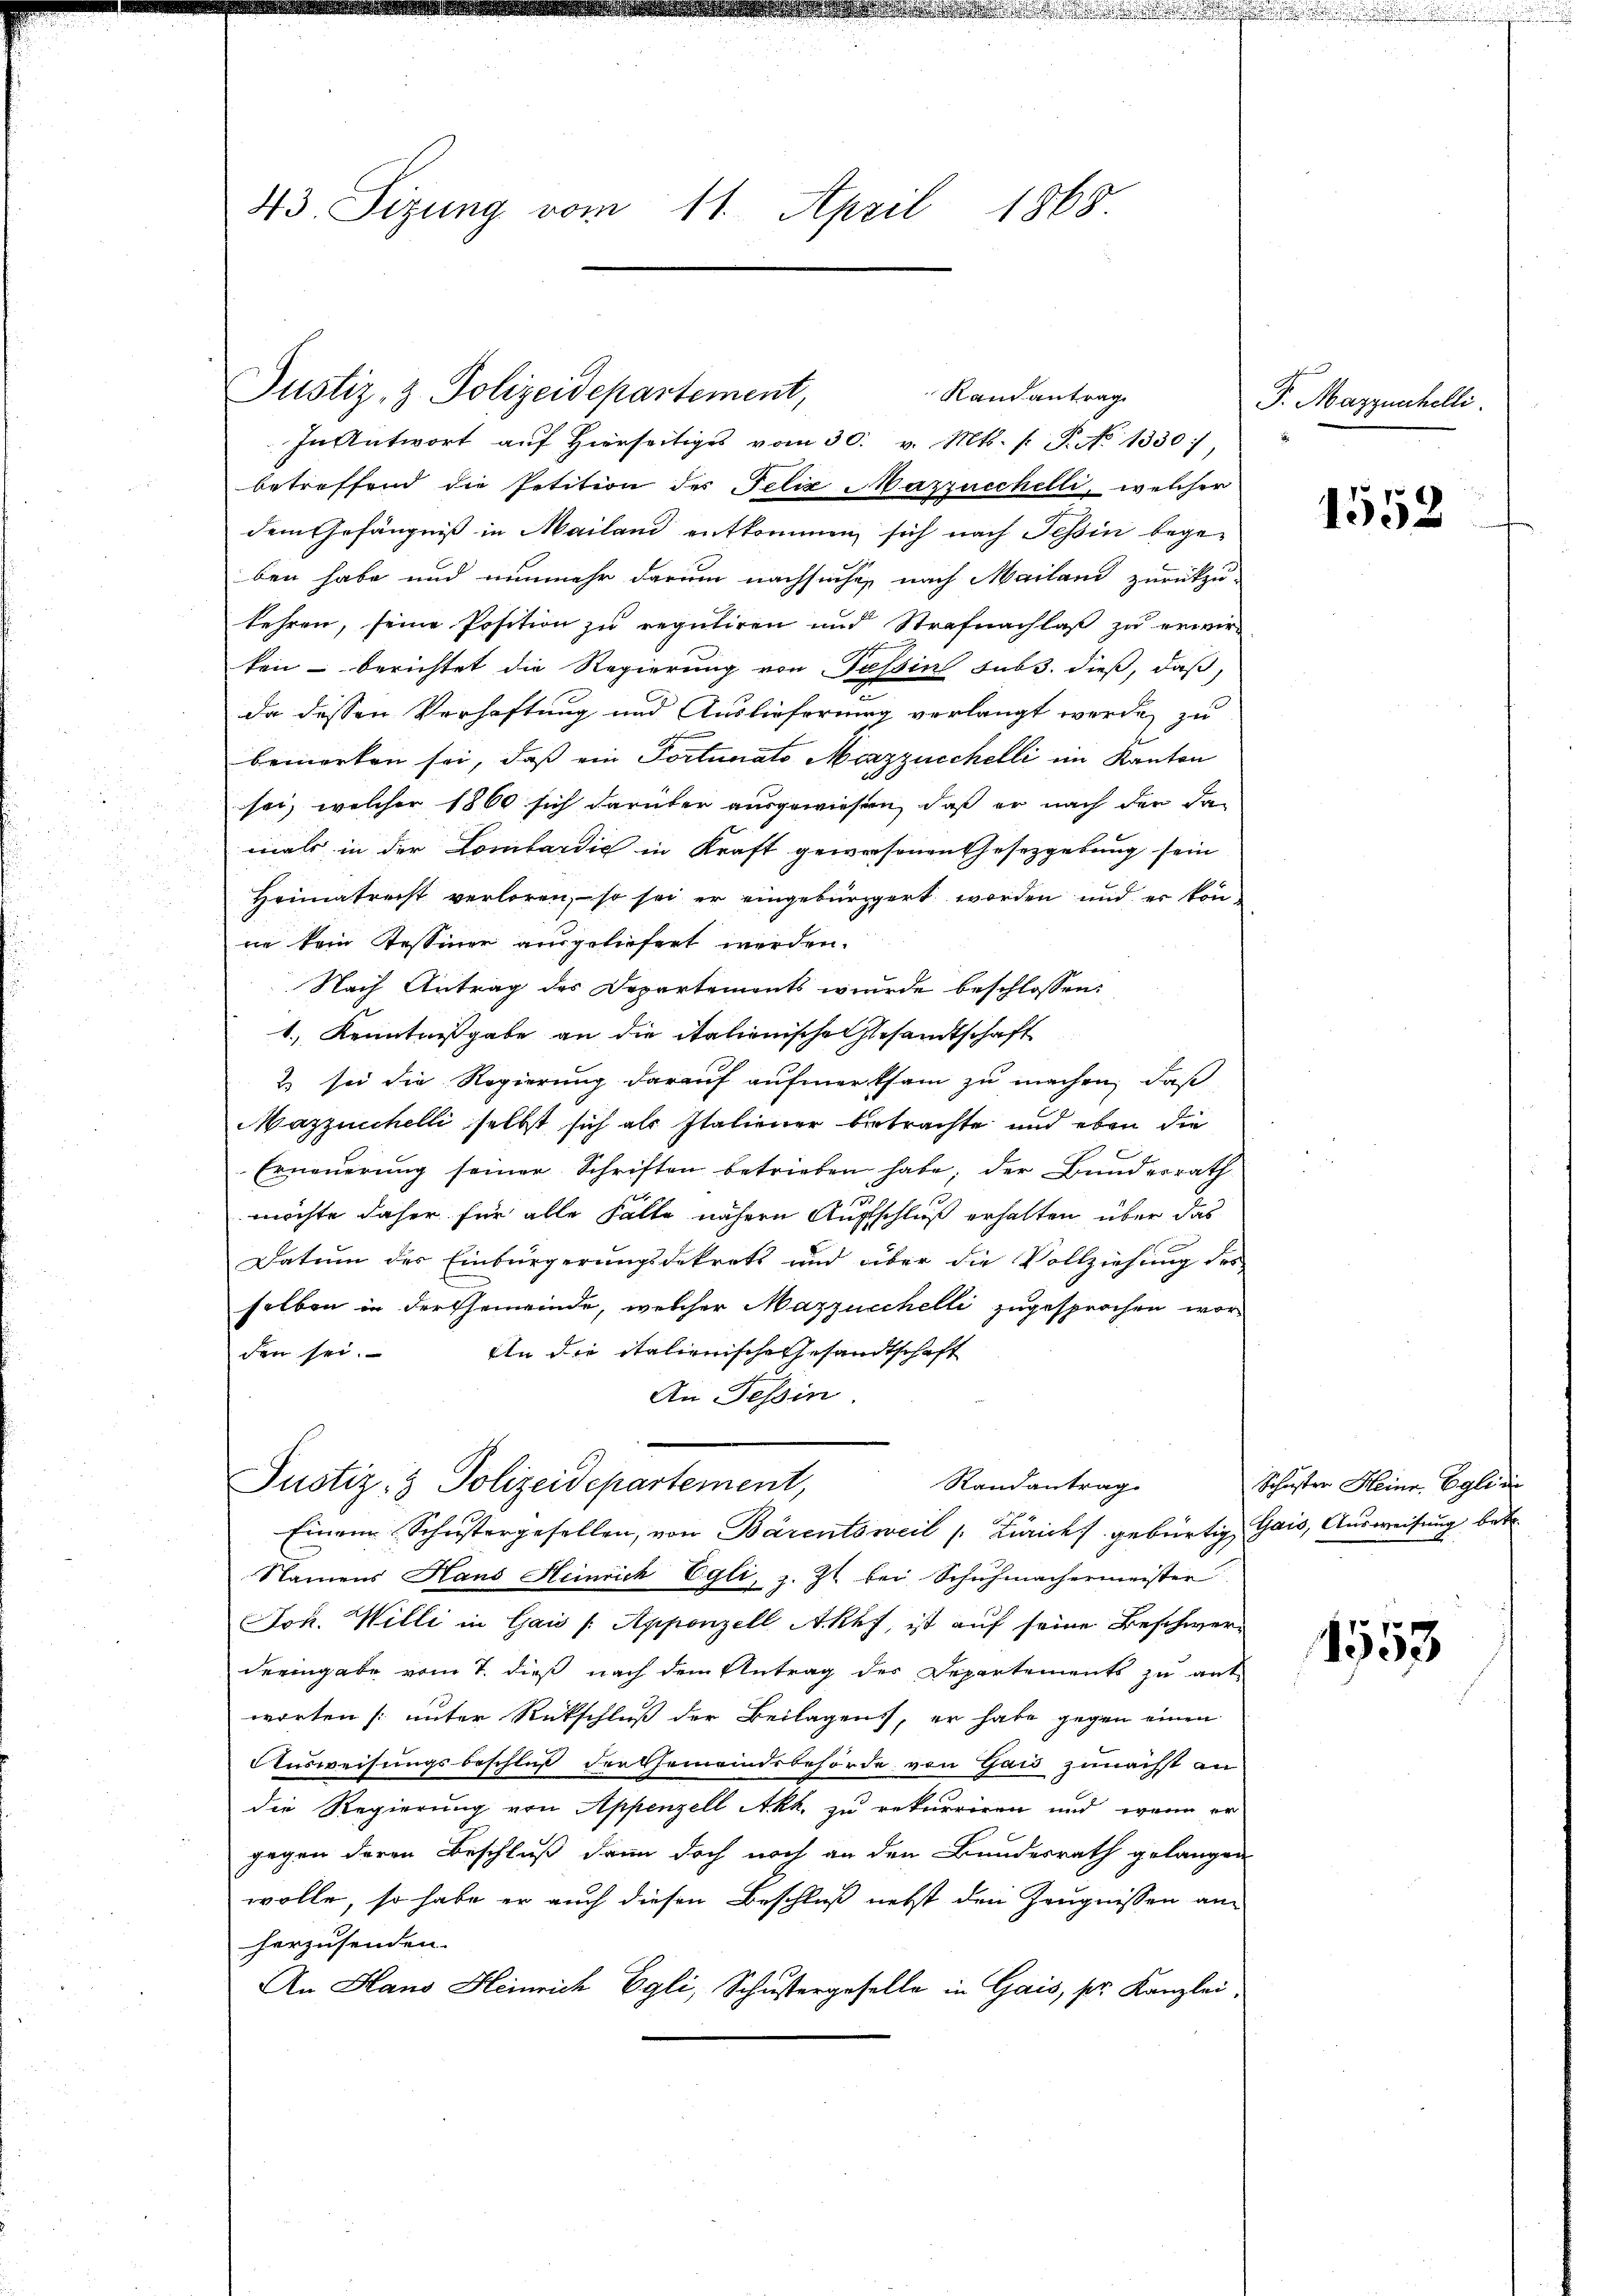
43 Sizung vom 11. April 1865

Justiz- & Polizeidepartement,

In Antwort aŭf hierseitiges vom 30. v. Mts. /: P. No 1330,
betreffend die Petition des Felix Mazzucchelli, welcher
dem Gefängniß in Mailand entkommen sich nach Tessin begeben habe und nunmehr darum nachsuchen nach Mailand zurückzu-
kehren, seine Position zu reguliren und Strafnachlaß zu erwirken berichtet die Regierung von Passin sub. dieß, daß
da dessen Verhaftung und Auslieferung verlangt werde, zu
bemerken sei, daß ein Portunato Merzzeichelli im Kanton
sei, welcher 1860 sich darüber ausgewiesen, daß er nach der da
mals in der Lombardić in Kraft gewiesenen Gesetzgebung sein
Heimatrecht verloren, – so sei er eingebürgert worden und er könne kein Tessiner ausgeliefert werden.
Nach Antrag des Departements wurde beschlossen:
1.) Kenntnißgabe an die italienische Gesandtschaft
2 sei die Regierung darauf aufmerksam zu machen, daß
Mazziechelli selbst sich als Italiener betrachte und eben die
Erneuerung seiner Schriften betrieben habe; der Bundesrath
möchte daher für alle Fälle nähern Aufschluß erhalten über das
Datum des Einbürgerungsdekrets und über die Vollziehung des
selben in der Gemeinde, welcher Mazzucchelli zugesprochen wor¬
An die italienische Gesandtschaft
den sei.
An Tessin.
Randantrag
Justiz- & Polizeidepartement,
Einem Schustergesellen, von Bärentsweil Zürich gebürtig, Gais, Ausweisung betr
Namens Hans Heinrich Egli, z. Zt. bei Schuhmachermeister
Joh. Willi in Gais /: Appenzell Aklf, ist auf seine Beschwerdeeingabe vom 7. dieß nach dem Antrag des Departements zu ant
worten [unter Rückschluß der Beilagens, er habe gegen einen
Ausweisungsbeschluß der Gemeindsbehörde von Gais zunächst an
die Regierung von Appenzell Akh. zu rekurriren und wenn er
gegen deren Beschluß dann doch noch an den Bundesrath gelangen
wolle, so habe er auch diesen Beschluß nebst den Zeugnissen anherzusenden.
An Hans Heinrich Egli, Schustergeselle in Gais, pr. Kanzlei

Randantrag

F. Mazzenhelli

1552

Schuster Heine. Egli de

1553